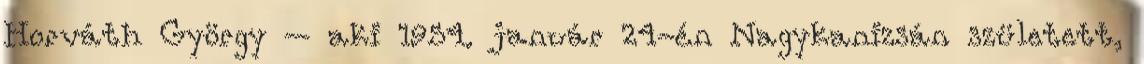
Horváth György – aki 1954. január 24-én Nagykanizsán született,